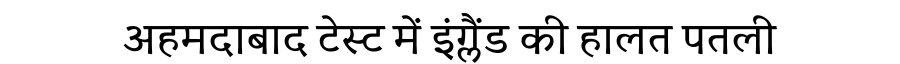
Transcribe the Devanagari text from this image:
अहमदाबाद टेस्ट में इंग्लैंड की हालत पतली